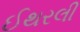
ઈથરલી